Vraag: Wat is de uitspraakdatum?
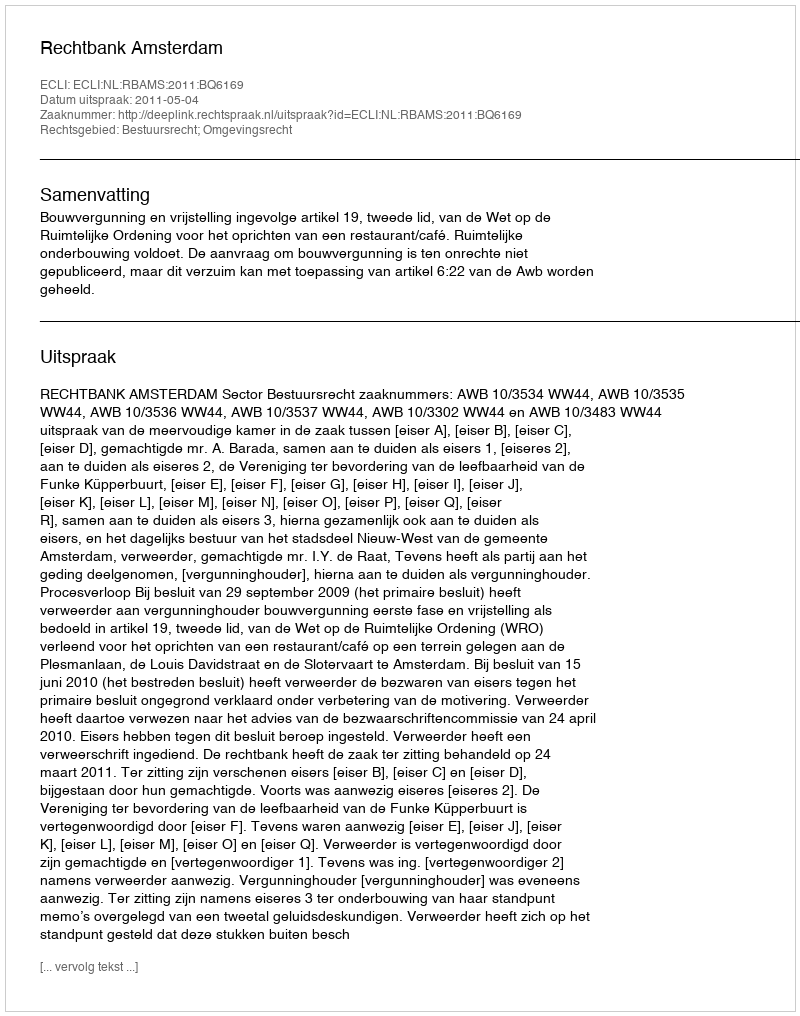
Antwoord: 2011-05-04